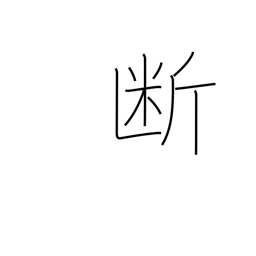
Meaning: severance